Vaccination in Bombay 1874-1876 - 1874-1876
Year: 1874
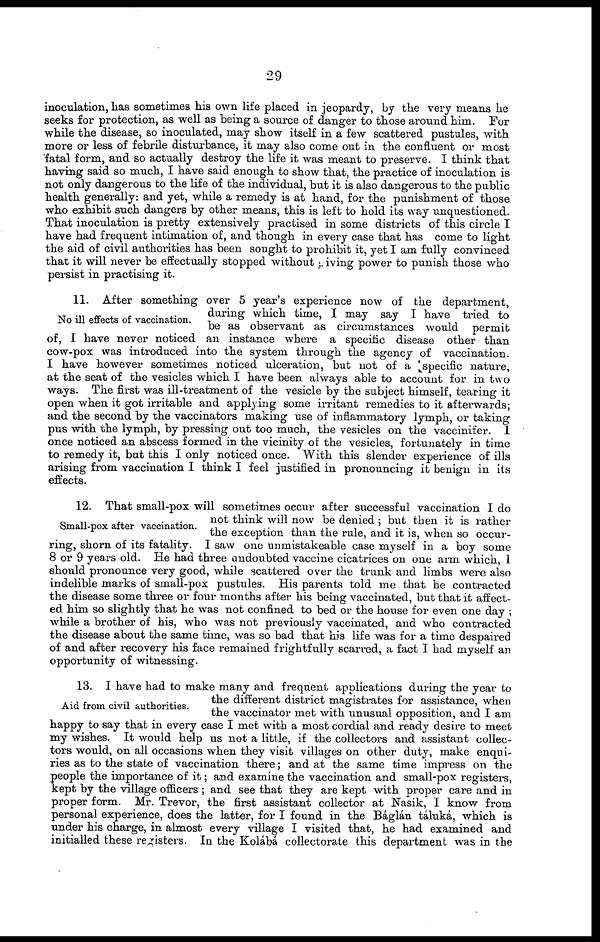
29
inoculation, has sometimes his own life placed in jeopardy, by the very means he
seeks for protection, as well as being a source of danger to those around him. For
while the disease, so inoculated, may show itself in a few scattered pustules, with
more or less of febrile disturbance, it may also come out in the confluent or most
fatal form, and so actually destroy the life it was meant to preserve. I think that
having said so much, I have said enough to show that, the practice of inoculation is
not only dangerous to the life of the individual, but it is also dangerous to the public
health generally: and yet, while a remedy is at hand, for the punishment of those
who exhibit such dangers by other means, this is left to hold its way unquestioned.
That inoculation is pretty extensively practised in some districts of this circle I
have had frequent intimation of, and though in every case that has come to light
the aid of civil authorities has been sought to prohibit it, yet I am fully convinced
that it will never be effectually stopped without giving power to punish those who
persist in practising it.
No ill effects of vaccination.
11. After something over 5 year's experience now of the department,
during which time, I may say I have tried to
be as observant as circumstances would permit
of, I have never noticed an instance where a specific disease other than
cow-pox was introduced into the system through the agency of vaccination.
I have however sometimes noticed ulceration, but not of a specific nature,
at the seat of the vesicles which I have been always able to account for in two
ways. The first was ill-treatment of the vesicle by the subject himself, tearing it
open when it got irritable and applying some irritant remedies to it afterwards;
and the second by the vaccinators making use of inflammatory lymph, or taking
pus with the lymph, by pressing out too much, the vesicles on the vaccinifer. I
once noticed an abscess formed in the vicinity of the vesicles, fortunately in time
to remedy it, but this I only noticed once. With this slender experience of ills
arising from vaccination I think I feel justified in pronouncing it benign in its
effects.
Small-pox after vaccination.
12. That small-pox will sometimes occur after successful vaccination I do
not think will now be denied ; but then it is rather
the exception than the rule, and it is, when so occur-
ring, shorn of its fatality. I saw one unmistakeable case myself in a boy some
8 or 9 years old. He had three undoubted vaccine cicatrices on one arm which, 1
should pronounce very good, while scattered over the trunk and limbs were also
indelible marks of small-pox pustules. His parents told me that he contracted
the disease some three or four months after his being vaccinated, but that it affect-
ed him so slightly that he was not confined to bed or the house for even one day ;
while a brother of his, who was not previously vaccinated, and who contracted
the disease about the same time, was so bad that his life was for a time despaired
of and after recovery his face remained frightfully scarred, a fact I had myself an
opportunity of witnessing.
Aid from civil authorities.
13. I have had to make many and frequent applications during the year to
the different district magistrates for assistance, when
the vaccinator met with unusual opposition, and I am
happy to say that in every case I met with a most cordial and ready desire to meet
my wishes. It would help us not a little, if the collectors and assistant collec-
tors would, on all occasions when they visit villages on other duty, make enqui-
ries as to the state of vaccination there; and at the same time impress on the
people the importance of it; and examine the vaccination and small-pox registers,
kept by the village officers ; and see that they are kept with proper care and in
proper form. Mr. Trevor, the first assistant collector at Nasik, I know from
personal experience, does the latter, for I found in the Báglán táluká, which is
under his charge, in almost every village I visited that, he had examined and
initialled these registers. In the Kolábá collectorate this department was in the